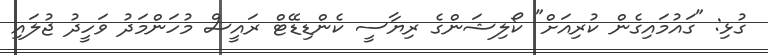
ގުޅި: "ގައުމައިގެން ކުރިއަށް" ކޯލިޝަންގެ ރިޔާސީ ކެންޑިޑޭޓް ރައީސް މުހަންމަދު ވަހީދު ޖުލައި